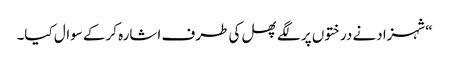
“شہزادنے درختوں پر لگے پھل کی طرف اشارہ کرکے سوال کیا۔